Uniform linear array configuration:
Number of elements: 4
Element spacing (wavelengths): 0.75
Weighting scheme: cosine
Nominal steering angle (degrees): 30
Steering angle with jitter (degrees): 29.177
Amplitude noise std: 0.05
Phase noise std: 0.05

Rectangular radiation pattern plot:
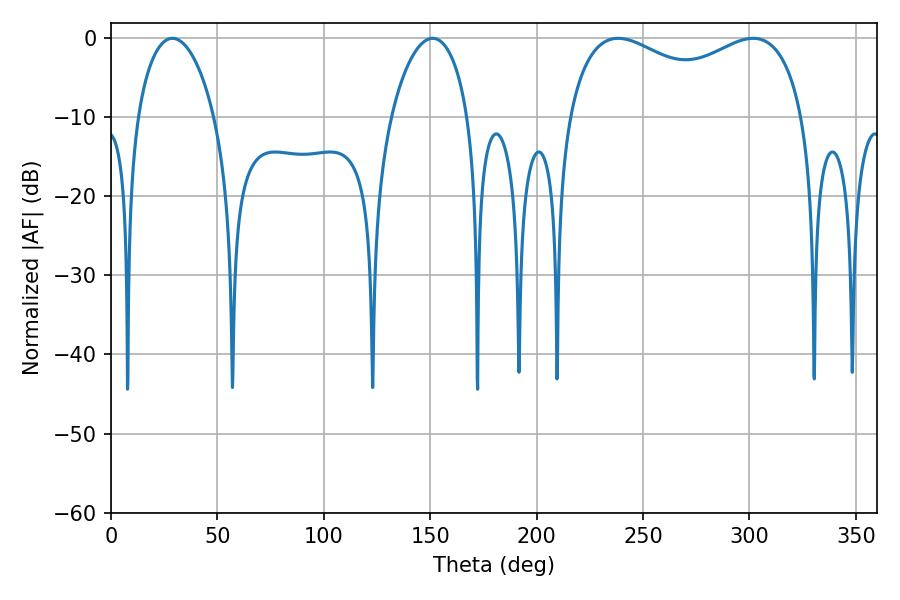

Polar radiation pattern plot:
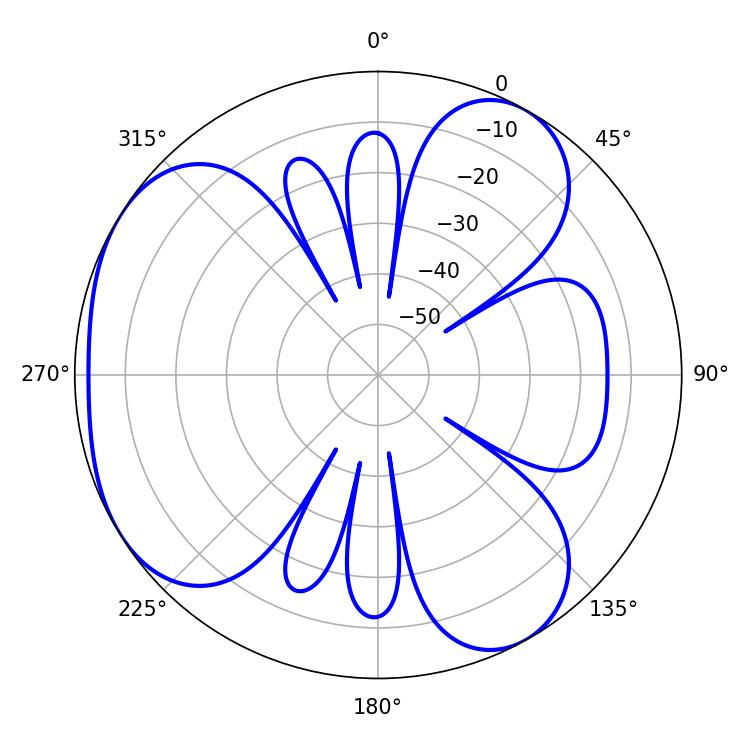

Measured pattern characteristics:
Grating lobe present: TRUE
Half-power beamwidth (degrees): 92.16
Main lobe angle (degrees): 238.32